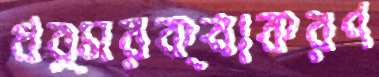
ধর্মরক্ষাকরণ